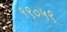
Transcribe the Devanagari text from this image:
१९०५९